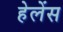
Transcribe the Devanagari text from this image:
हेलेंस